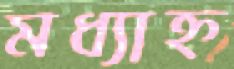
মধ্যাহ্ন